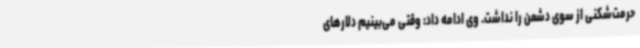
حرمت‌شکنی از سوی دشمن را نداشت. وی ادامه داد: وقتی می‌بینیم دلارهای